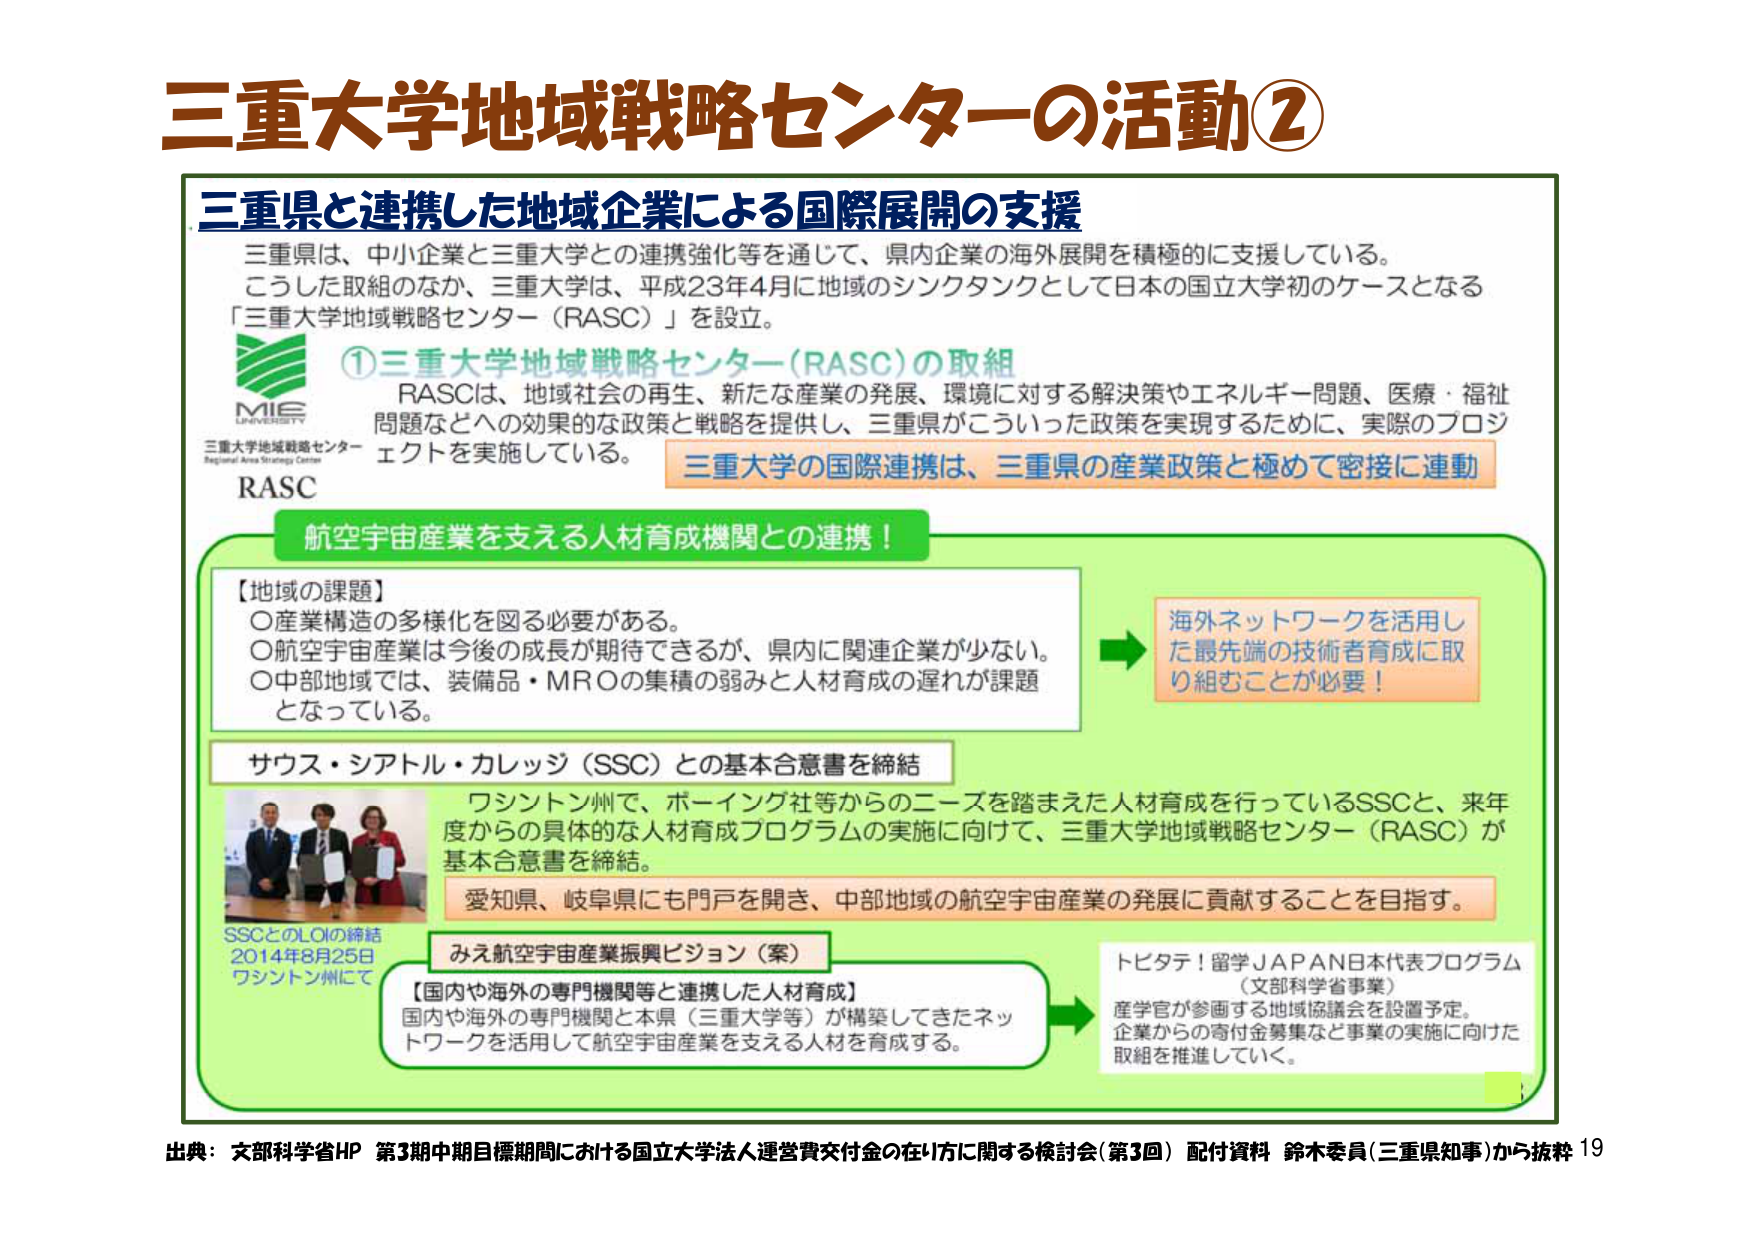
三重大学地域戦略センターの活動②

三重県と連携した地域企業による国際展開の支援

三重県は、中小企業と三重大学との連携強化等を通じて、県内企業の海外展開を積極的に支援している。
こうした取組のなか、三重大学は、平成23年4月に地域のシンクタンクとして日本の国立大学初のケースとなる
「三重大学地域戦略センター（RASC）」を設立。

①三重大学地域戦略センター（RASC）の取組

RASCは、地域社会の再生、新たな産業の発展、環境に対する解決策やエネルギー問題、医療・福祉
問題などへの効果的な政策と戦略を提供し、三重県がこういった政策を実現するために、実際のプロジェクトを実施している。

三重大学の国際連携は、三重県の産業政策と極めて密接に連動

航空宇宙産業を支える人材育成機関との連携！

【地域の課題】
○産業構造の多様化を図る必要がある。
○航空宇宙産業は今後の成長が期待できるが、県内に関連企業が少ない。
○中部地域では、装備品・MROの集積の弱みと人材育成の遅れが課題となっている。

海外ネットワークを活用した最先端の技術者育成に取り組むことが必要！

サウス・シアトル・カレッジ（SSC）との基本合意書を締結

ワシントン州で、ボーイング社等からのニーズを踏まえた人材育成を行っているSSCと、来年度からの具体的な人材育成プログラムの実施に向けて、三重大学地域戦略センター（RASC）が基本合意書を締結。

愛知県、岐阜県にも門戸を開き、中部地域の航空宇宙産業の発展に貢献することを目指す。

SSCとのLOIの締結
2014年8月25日
ワシントン州にて

みえ航空宇宙産業振興ビジョン（案）

【国内や海外の専門機関等と連携した人材育成】
国内や海外の専門機関と本県（三重大学等）が構築してきたネットワークを活用して航空宇宙産業を支える人材を育成する。

トビタテ！留学JAPAN日本代表プログラム
（文部科学省事業）
産学官が参画する地域協議会を設置予定。
企業からの寄付金募集など事業の実施に向けた取組を推進していく。

出典：文部科学省HP 第3期中期目標期間における国立大学法人運営費交付金の在り方に関する検討会（第3回） 配付資料 鈴木委員（三重県知事）から抜粋 19